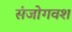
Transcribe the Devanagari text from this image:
संजोगवश